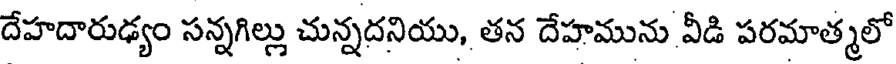
దేహదారుఢ్యం సన్నగిల్లు చున్నదనియు, తన దేహమును వీడి పరమాత్మలో